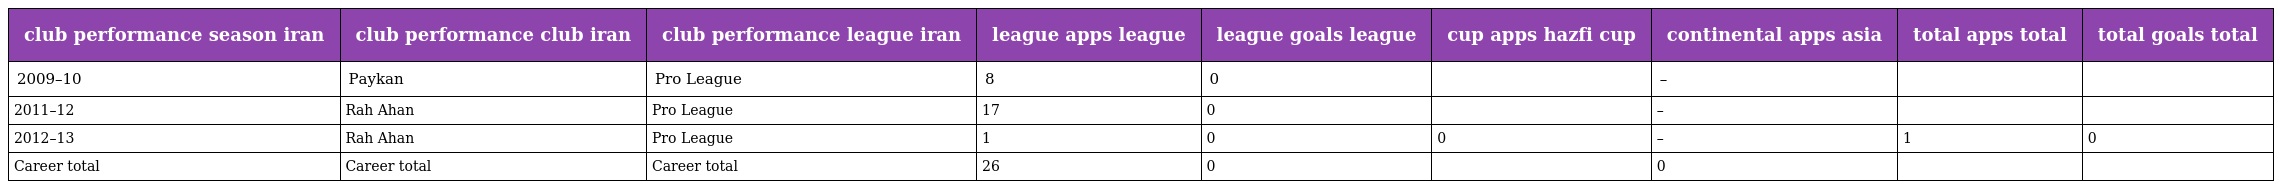
| club performance season iran | club performance club iran | club performance league iran | league apps league | league goals league | cup apps hazfi cup | continental apps asia | total apps total | total goals total |
 | --- | --- | --- | --- | --- | --- | --- | --- | --- |
 | 2009–10 | Paykan | Pro League | 8 | 0 |  | – |  |  |
 | 2011–12 | Rah Ahan | Pro League | 17 | 0 |  | – |  |  |
 | 2012–13 | Rah Ahan | Pro League | 1 | 0 | 0 | – | 1 | 0 |
 | Career total | Career total | Career total | 26 | 0 |  | 0 |  |  |